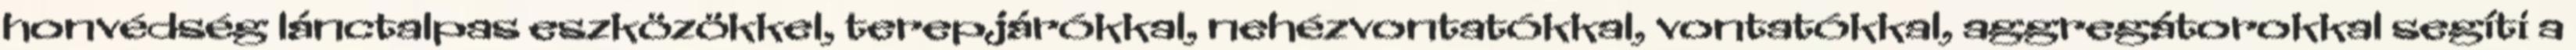
honvédség lánctalpas eszközökkel, terepjárókkal, nehézvontatókkal, vontatókkal, aggregátorokkal segíti a